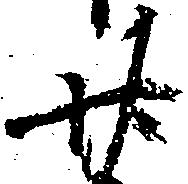
廿